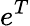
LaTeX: e^{T}